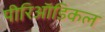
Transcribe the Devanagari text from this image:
पीरिऑडिकल